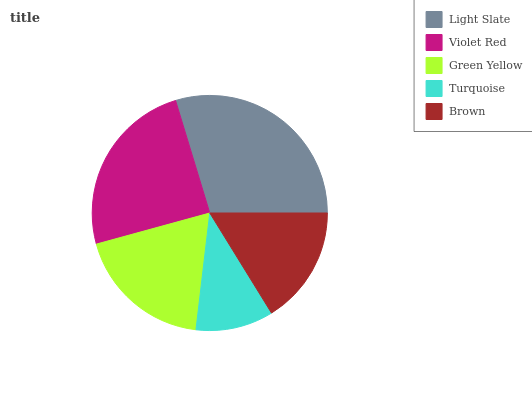
| Light Slate | Violet Red | Green Yellow | Turquoise | Brown |
 | --- | --- | --- | --- | --- |
 | 29.7% | 24.5% | 18.9% | 10.7% | 16.2% |